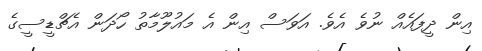
އިން ދީފައެއް ނުވެ އެވެ. އަވަސް އިން އެ މައުލޫމާތު ހޯދަން އެޗްޑީސީގެ